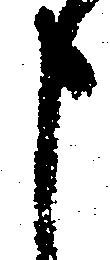
申